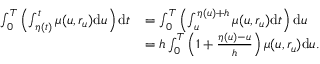
\begin{array} { r l } { \int _ { 0 } ^ { T } \left( \int _ { \eta ( t ) } ^ { t } \mu ( u , r _ { u } ) \mathrm { d } u \right) \mathrm { d } t } & { = \int _ { 0 } ^ { T } \left( \int _ { u } ^ { \eta ( u ) + h } \mu ( u , r _ { u } ) \mathrm { d } t \right) \mathrm { d } u } \\ & { = h \int _ { 0 } ^ { T } \left( 1 + \frac { \eta ( u ) - u } { h } \right) \mu ( u , r _ { u } ) \mathrm { d } u . } \end{array}